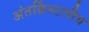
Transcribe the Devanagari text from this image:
अंतर्क्रिस्टलीय